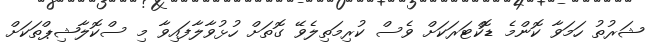
ޝަރުތު ހަމަވާ ކޮންމެ ޑޮކްޓަރަކަށް ވެސް ކުރިމަތިލެވޭ ގޮތަށް ހުޅުވާލާފައިވާ މި ސްކޮލާޝިޕްތަކަށް